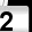
Digit: 2